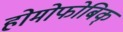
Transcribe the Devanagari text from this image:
होमोफोबिक्